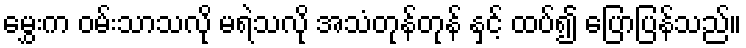
မွှေးက ဝမ်းသာသလို မရဲသလို အသံတုန်တုန် နှင့် ထပ်၍ ပြောပြန်သည်။